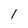
Character: l